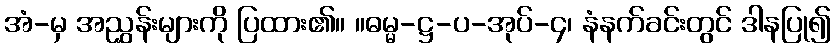
အံ-မှ အညွှန်းများကို ပြထား၏။ ။ဓမ္မ-ဋ္ဌ-ပ-အုပ်-၄၊ နံနက်ခင်းတွင် ဒါနပြု၍